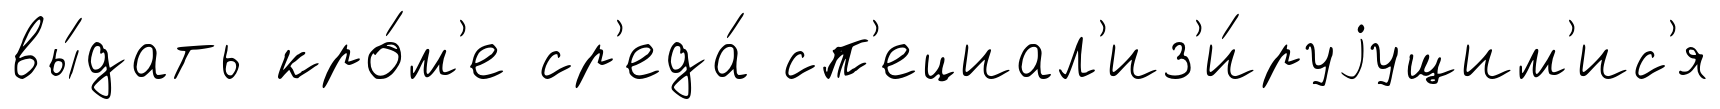
вы́дать кро́м'е ср'еда́ сп'ециал'из'и́руjущим'ис'я